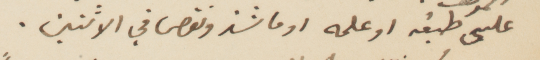
علتي طبفة اوعلمه اوما شذ ونقص في الأثنين.